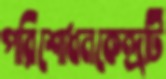
পরিশোধনকেন্দ্রটি